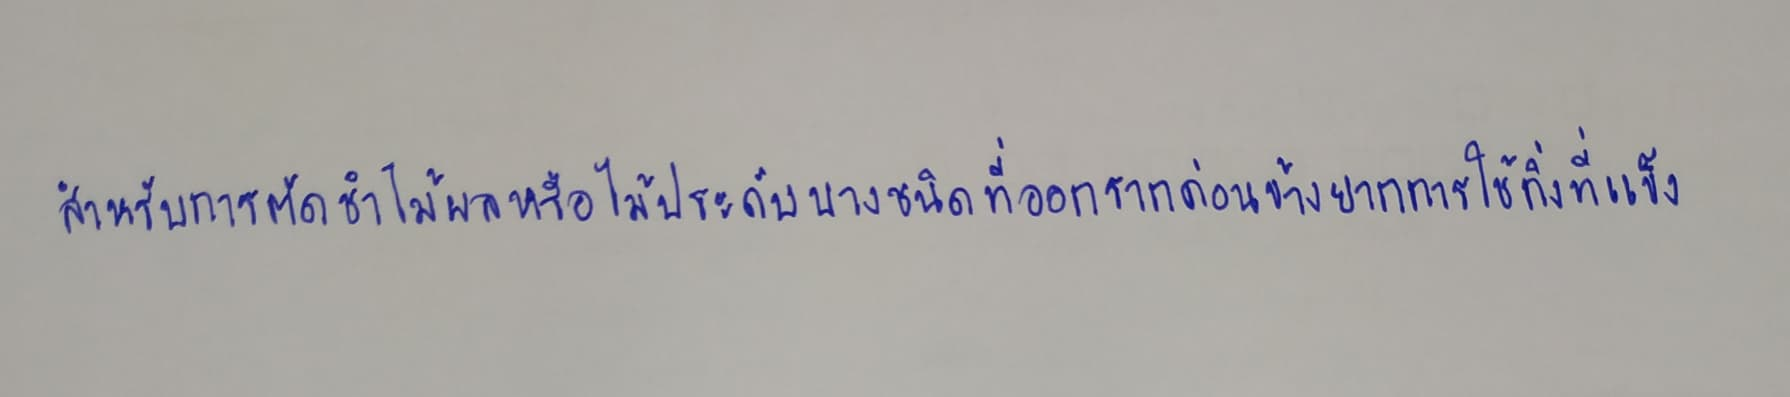
สำหรับการตัดชำไม้ผลหรือไม้ประดับบางชนิดที่ออกรากค่อนข้างยากการใช้กิ่งที่แข็ง